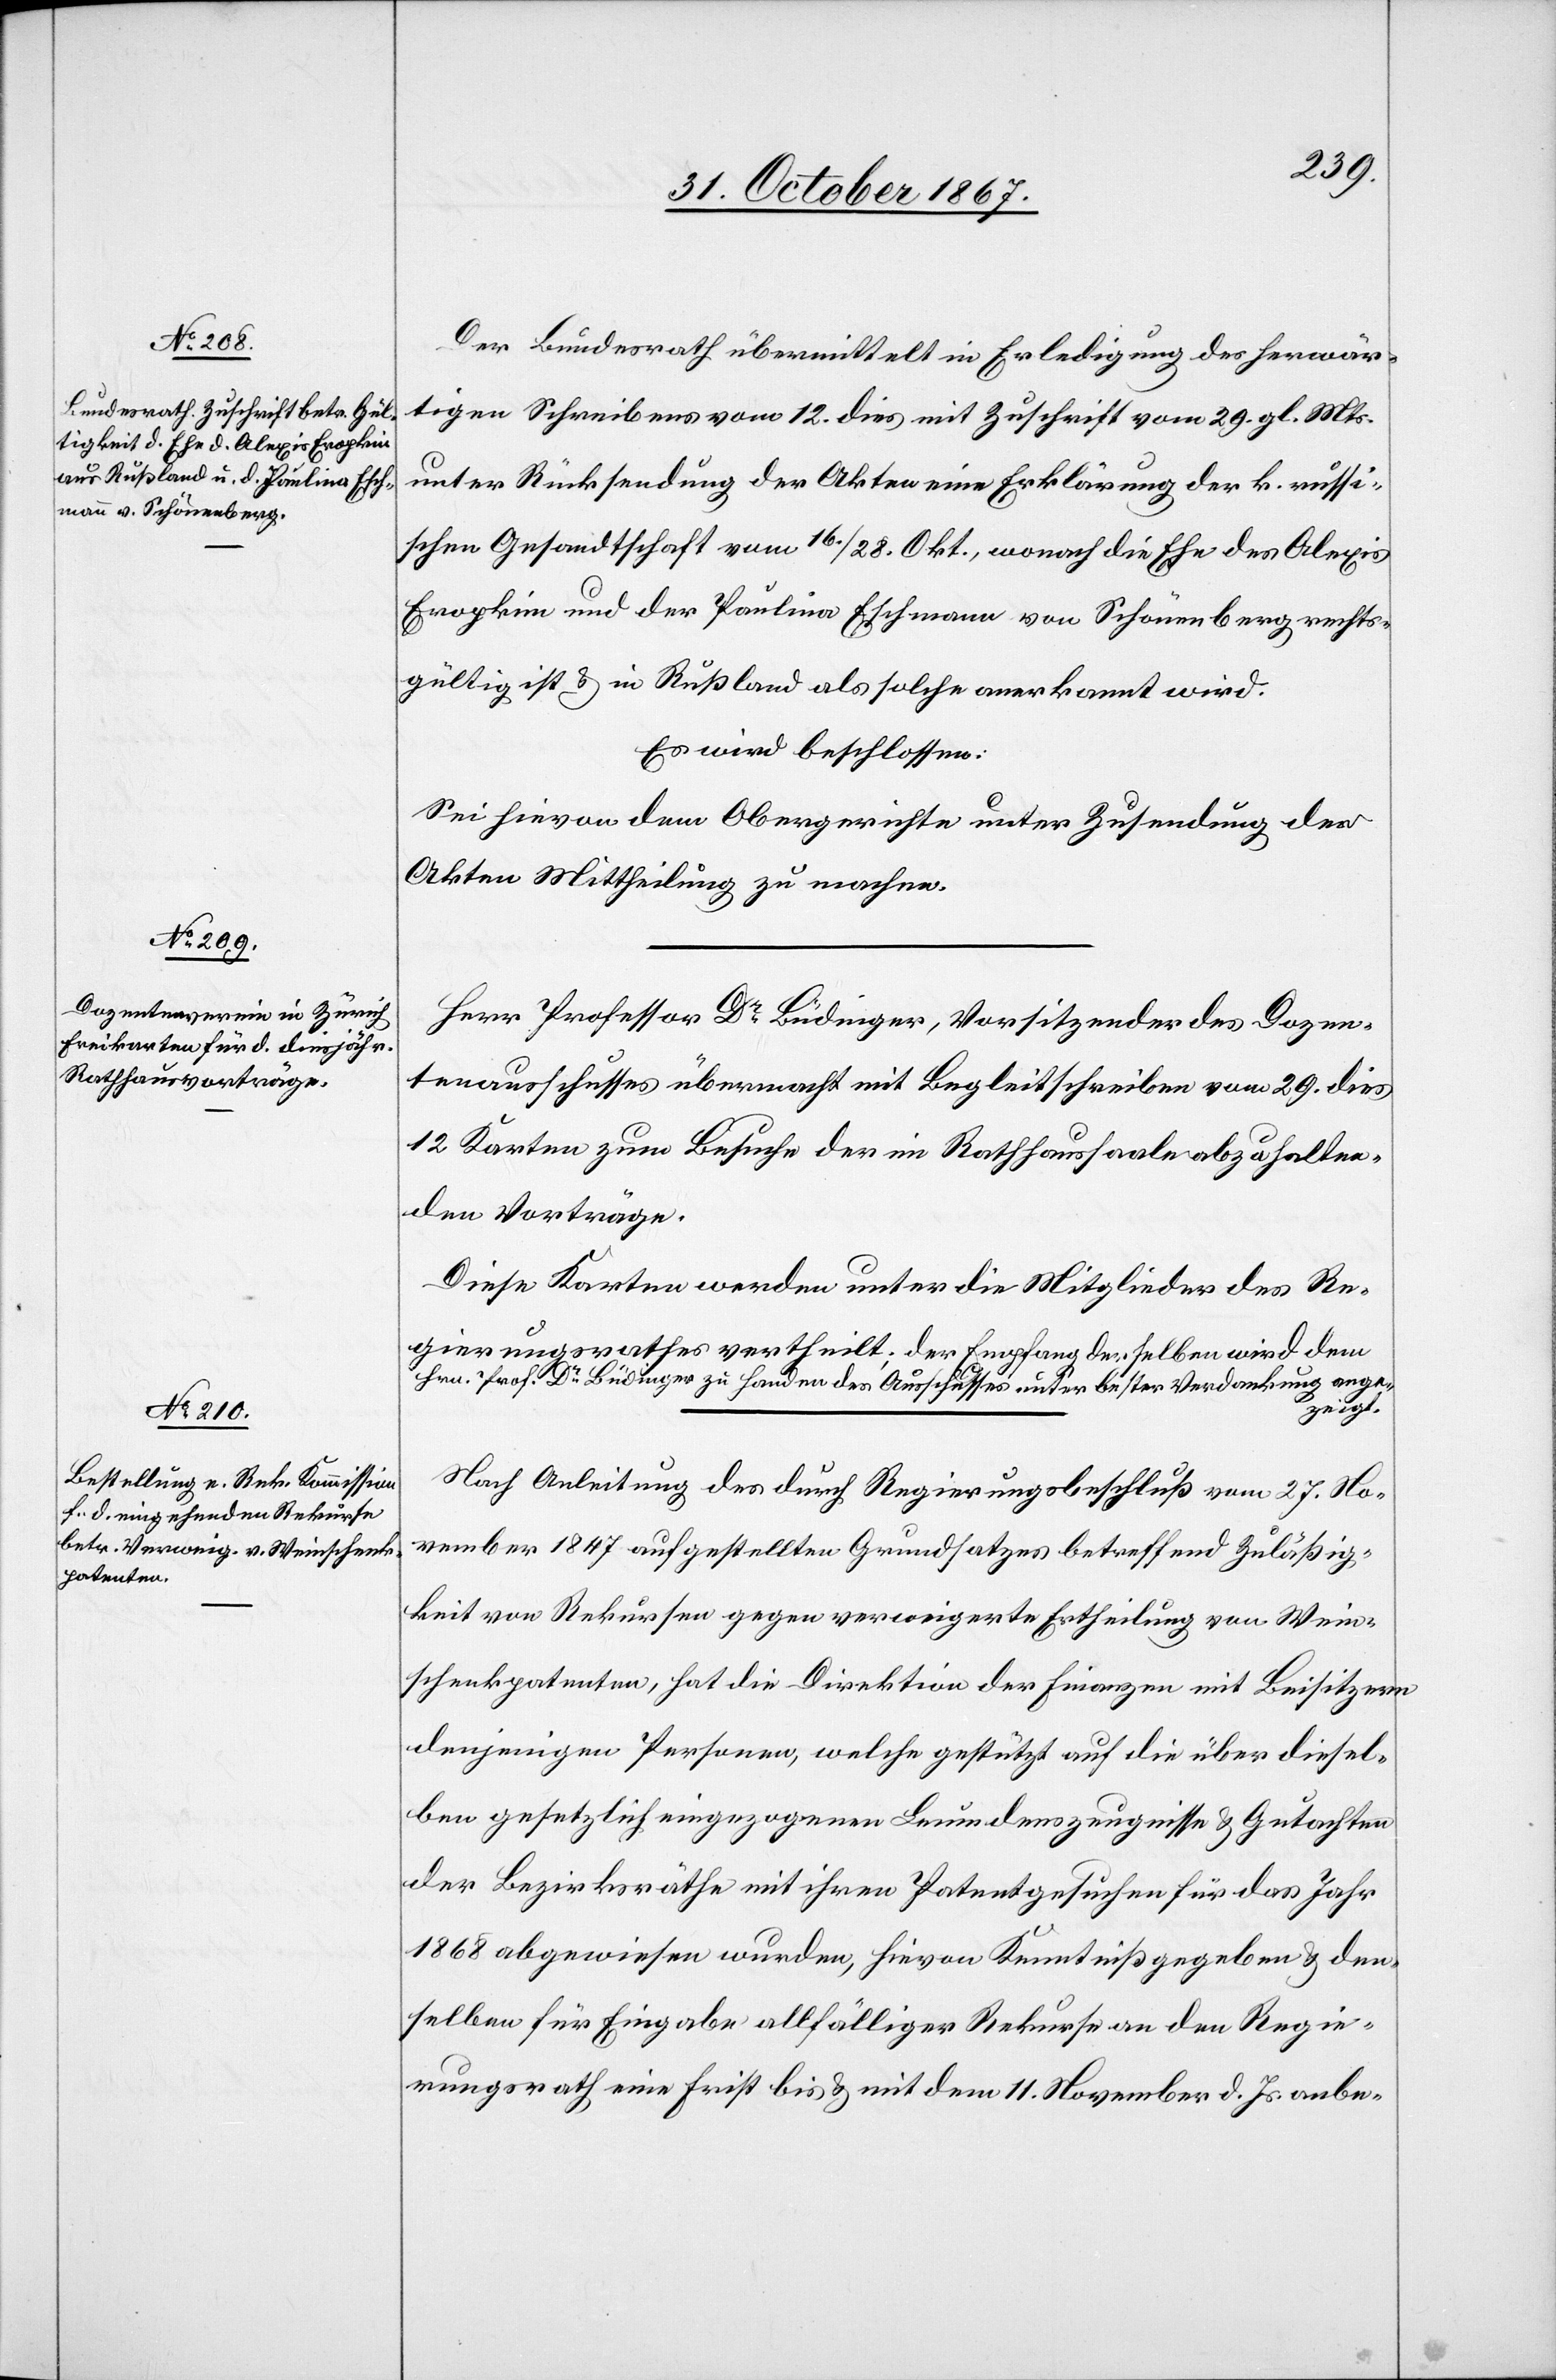
Der Bundesrath übermittelt in Erledigung der herwär¬
tigen Schreibens vom 12. dies mit Zuschrift vom 29. gl. Mts.
unter Rücksendung der Akten eine Erklärung der k. russi¬
schen Gesandtschaft vom 16./28. Okt., wonach die Ehe des Alexis
Eropkim und der Paulina Eschmann von Schönenberg rechts¬
gültig ist u. in Rußland als solche anerkannt wird.
Es wird beschlossen:
Sei hievon dem Obergerichte unter Zusendung der
Akten Mittheilung zu machen.
Herr Professor Dr Büdinger, Vorsitzender des Dozen¬
tenausschusses übermacht mit Begleitschreiben vom 29. dies
12 Karten zum Besuche der im Rathhaussaale abzuhalten¬
den Vorträge.
Diese Karten werden unter die Mitglieder des Re¬
gierungsrathes vertheilt; der Empfang derselben wird dem
Hrn. Prof. Dr Büdinger zu Handen des Ausschusses unter bester Verdankung ange¬
zeigt.
Nach Anleitung des durch Regierungsbeschluß vom 27. No¬
vember 1847 aufgestellten Grundsatzes betreffend Zuläßig¬
keit von Rekursen gegen verweigerte Ertheilung von Wein¬
schenkpatenten, hat die Direktion der Finanzen mit Beisitzern
denjenigen Personen, welche gestützt auf die über diesel¬
ben gesetzlich eingezogenen Leumdenszeugnisse u. Gutachten
der Bezirksräthe mit ihren Patentgesuchen für das Jahr
1868 abgewiesen wurden, hievon Kenntniß gegeben u. den¬
selben für Eingabe allfälliger Rekurse an den Regie¬
rungsrath eine Frist bis u. mit dem 11. November d. Js. anbe-